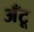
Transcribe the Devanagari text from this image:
अँटू